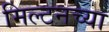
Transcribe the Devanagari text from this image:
मिल्टनच्या